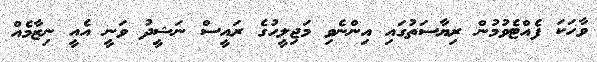
ވާހަކަ ފެއްޓެވުމުން ރިޔާސަތުގައި އިންނެވި މަޖިލީހުގެ ރައީސް ނަޝީދު ވަނީ އެއީ ނިޒާމެއް